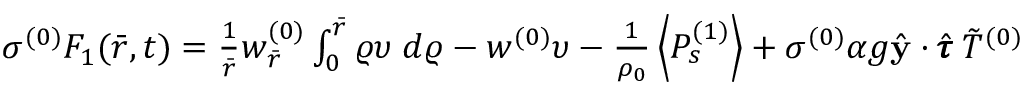
\begin{array} { r } { \sigma ^ { ( 0 ) } F _ { 1 } ( \bar { r } , t ) = \frac { 1 } { \bar { r } } w _ { \bar { r } } ^ { ( 0 ) } \int _ { 0 } ^ { \bar { r } } \varrho \upsilon \; d \varrho - w ^ { ( 0 ) } \upsilon - \frac { 1 } { \rho _ { 0 } } \left< P _ { s } ^ { ( 1 ) } \right> + \sigma ^ { ( 0 ) } \alpha g \hat { \mathbf { y } } \cdot \hat { \pmb { \tau } } \: \Tilde { T } ^ { ( 0 ) } } \end{array}